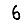
Digit: 6